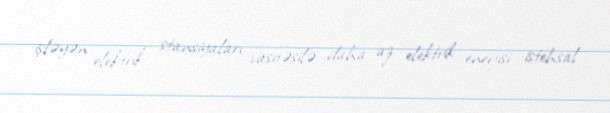
işləyən elektrik stansiyaları vasitəsilə daha az elektrik enerjisi istehsal